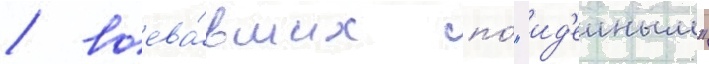
/ воева́вших по́ "ид'еиным"